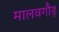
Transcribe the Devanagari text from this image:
मालवगौड़